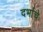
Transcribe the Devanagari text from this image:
दर्भाचे